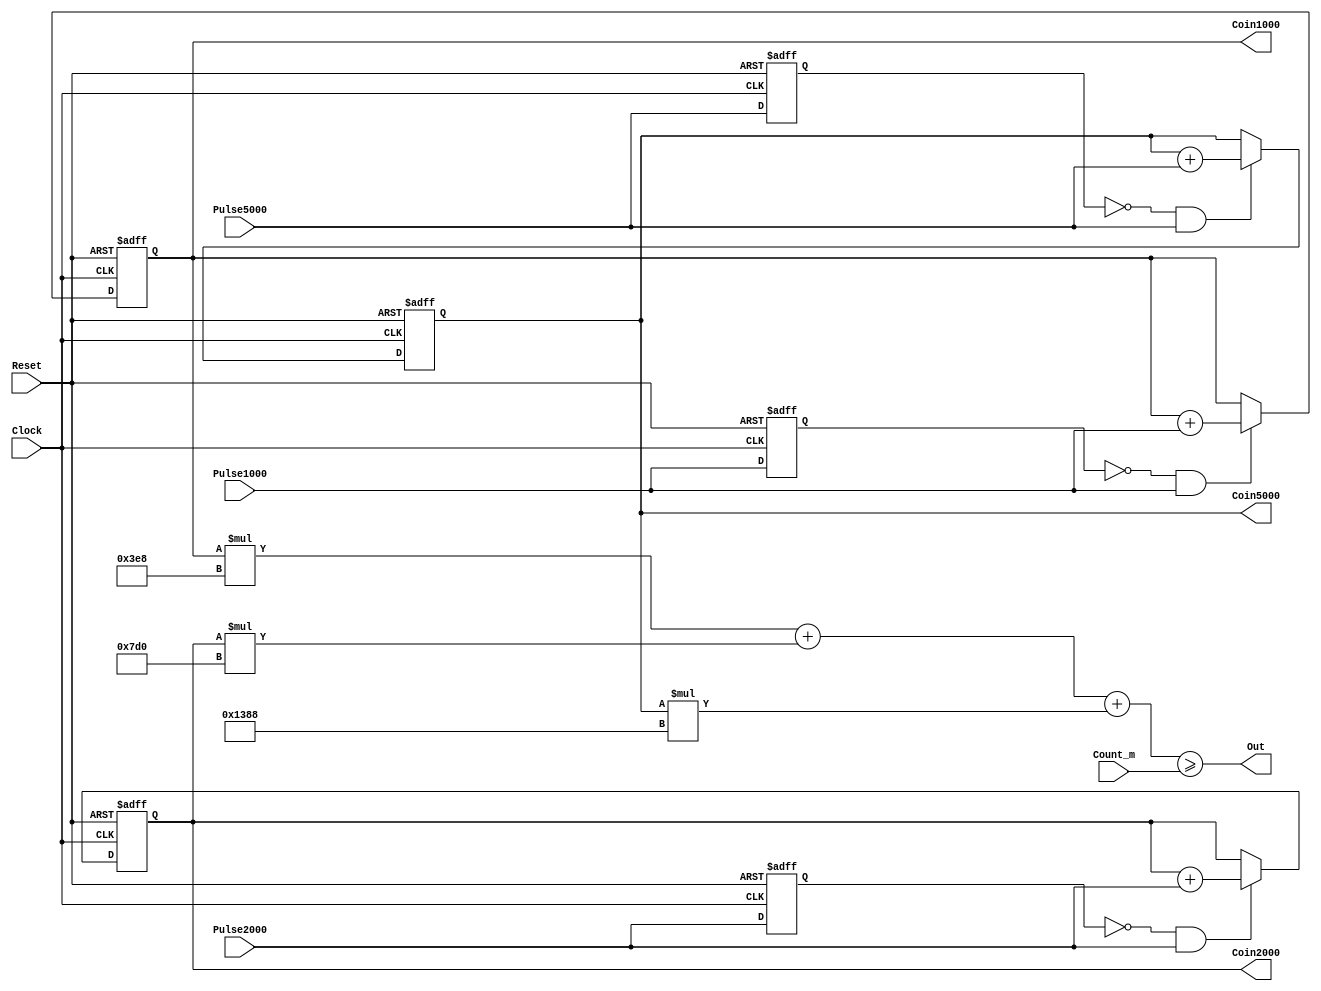
module m_counter
(
Clock,
Reset,
Count_m,
Pulse1000,
Pulse2000,
Pulse5000,
Out,
Coin1000,
Coin2000,
Coin5000
);
input Clock;
input Reset;
input [18:0] Count_m;
input Pulse1000;
input Pulse2000;
input Pulse5000;
output Out;
output reg [8:0] Coin1000;
output reg [7:0] Coin2000;
output reg [6:0] Coin5000;
assign Out = ((Coin1000 * 1000 + Coin2000 * 2000 + Coin5000 * 5000) >= Count_m);
reg temp1;
reg temp2;
reg temp3;					
always @(posedge Clock or negedge Reset) begin
	if (Reset == 0)
	begin
		Coin1000 <= 0;
		Coin2000 <= 0;
		Coin5000 <= 0;
		temp1 <= 0;
		temp2 <= 0;
		temp3 <= 0;
	end
	else
	begin
		temp1 <= Pulse1000;
		temp2 <= Pulse2000;
		temp3 <= Pulse5000;
		if(temp1 == 0 && Pulse1000 == 1)
			Coin1000 <= (Coin1000 + Pulse1000);
		if(temp2 == 0 && Pulse2000 == 1)
			Coin2000 <= (Coin2000 + Pulse2000);
		if(temp3 == 0 && Pulse5000 == 1)
			Coin5000 <= (Coin5000 + Pulse5000);
	end
end
endmodule